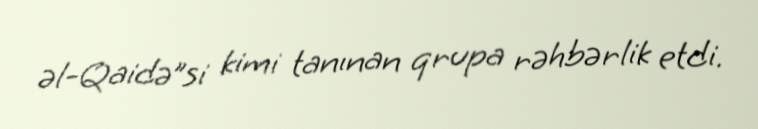
əl-Qaidə”si kimi tanınan qrupa rəhbərlik etdi.